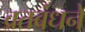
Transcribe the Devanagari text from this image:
व्रतबंधने